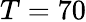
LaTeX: T=70